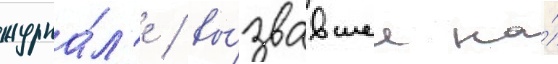
журна́л'е / вы́звавшее на́